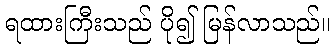
ရထားကြီးသည် ပို၍ မြန်လာသည်။